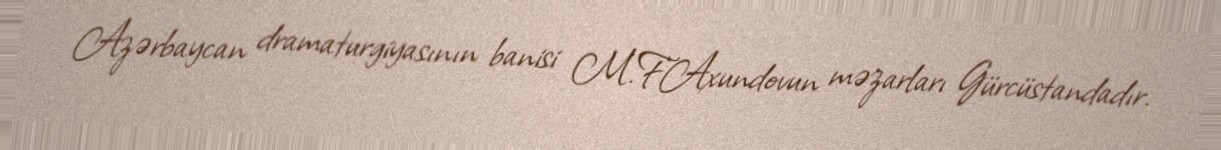
Azərbaycan dramaturgiyasının banisi M.F.Axundovun məzarları Gürcüstandadır.